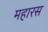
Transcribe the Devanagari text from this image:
महारस